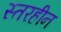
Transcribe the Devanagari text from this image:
स्तरहीन